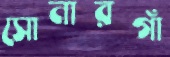
সোনারগাঁ